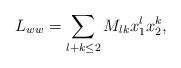
LaTeX: \begin{align*}L_{ww} = \sum_{l+k\leq2} M_{lk} x_1^{l}x_2^k,\end{align*}